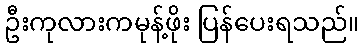
ဦးကုလားကမုန့်ဖိုး ပြန်ပေးရသည်။